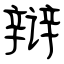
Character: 辩